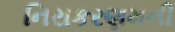
નિરાકરણમની